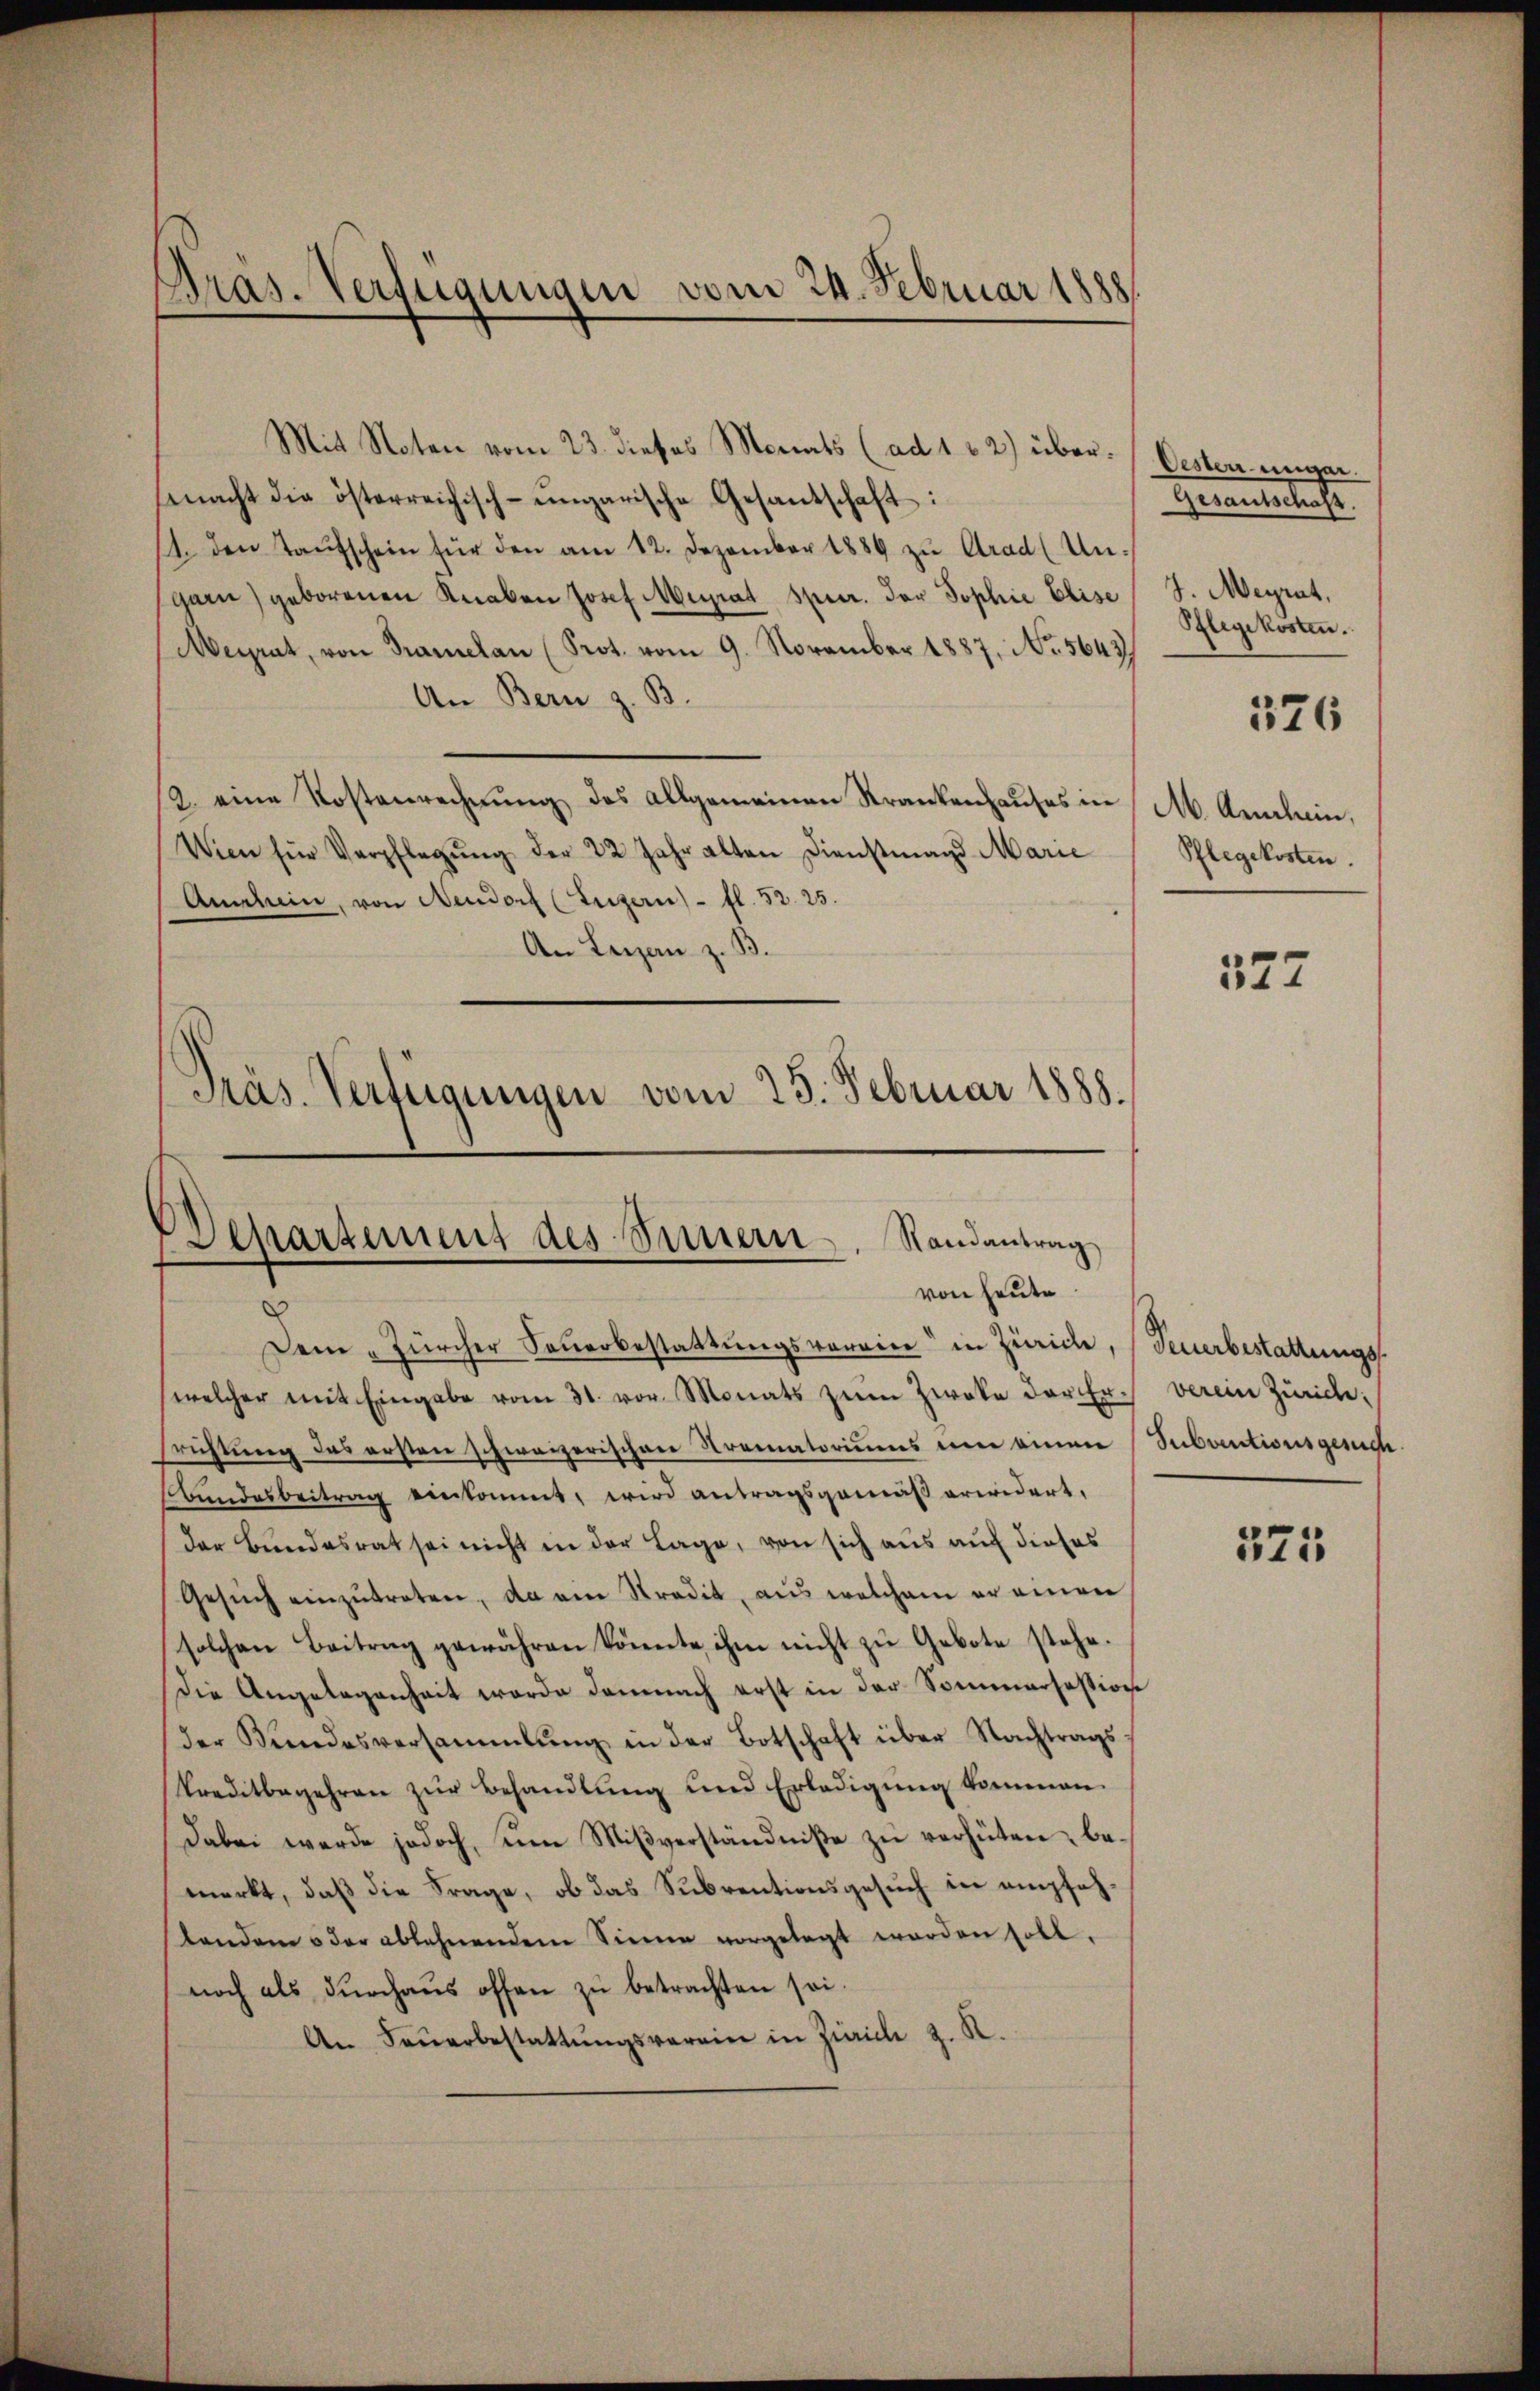
Pras. Verfügungen vom 24. Februar 1888.

Departement des Innern. Randantrag
von heute
.

Mit Noten vom 23. dieses Monats (ad 1 2) über. Oester unger.
macht die österreichisch-ungarische Gesantschaft:
1. den Taufschein für den am 12. Dezember 1889 zŭ Grad Ungarn) geborenen Knaben Josef Mariat Spur. Der Sophie Elise J. Meyrat,
Meirat, von Tramelan (Prot. vom 9. November 1887, No. 5643
An Bern z. B.
2. eine Kostenrechnŭng des allgemeinen Krankenhaŭses in M. Anlein,
Wien für Verpflegŭng der 22 Jahr alten Dienstmagd Marie
Anschein, von Neudorf (Luzern) - fl. 32. 25.
An Leigen z. B.
Präs. Verfügungen vom 23. Februar 1888.

Dein Zürcher Feuerbestattungsvorrier" in Zürich, Feuerbestattungswelcher mit Eingabe vom 31. vor. Monats zŭm Zweke der Er verein Zürich:
srichtung des ersten schwarzerischen Krematoriums um einen Subautionsgesuche
Bundesbeitrag einkommt, wird antragsgemäß erwidert,
der Bundesrat sei nicht in der Lage, von sich aus auf dieses
Gesŭch einzŭtreten, da ein Stradit, aus welchem er einen
solchen Beitrag gewähren könnte ihm nicht zu Gebote stehe.
die Angelegenheit werde damnach erst in der Sommersastion
der Bundesversammlung in der Botschaft über Nachtragskreditbegehren zur Behandlung und Erledigung kommen.
Dabei werde jedoch, um Mißverständniße zu verhüten, bemerkt, daß die Frage, ob das Subventionsgesuch in empfehstanden s der ablehnendem Sinne vorgelegt worden soll.
noch als durchaus offen zu betrachten sei.
An Feŭerbestattŭngsverein in Zürich z. R.

Inantestat
Pflegekosten.
526
Pflegekosten.

322

325